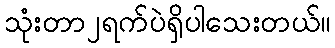
သုံးတာ၂ရက်ပဲရှိပါသေးတယ်။